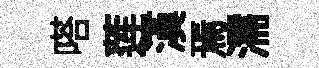
嗒莲漢焉濡